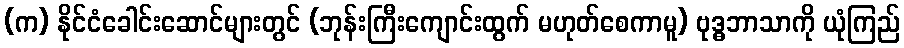
(က) နိုင်ငံခေါင်းဆောင်များတွင် (ဘုန်းကြီးကျောင်းထွက် မဟုတ်စေကာမူ) ဗုဒ္ဓဘာသာကို ယုံကြည်